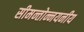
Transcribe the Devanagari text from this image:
सीमन्तोन्नयनीय